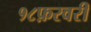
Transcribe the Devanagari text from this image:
१८फ़रवरी